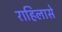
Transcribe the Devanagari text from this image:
राहिलासे